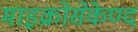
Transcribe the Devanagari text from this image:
माइक्रोसेकेण्द